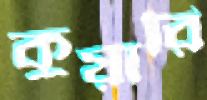
কুয়ারি